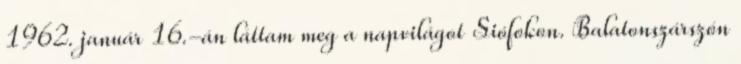
1962. január 16.-án láttam meg a napvilágot Siófokon. Balatonszárszón